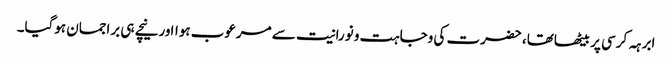
ابرہہ کرسی پر بیٹھاتھا، حضرت کی وجاہت و نورانیت سے مرعوب ہوااورنیچے ہی براجمان ہوگیا۔